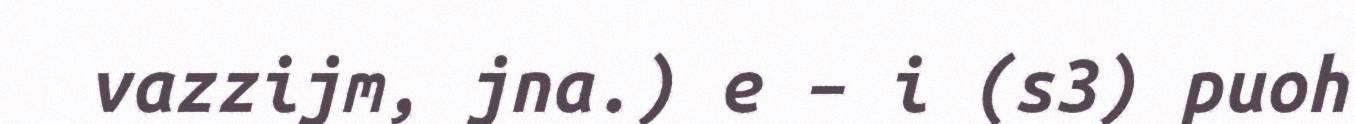
vazzijm, jna.) e – i (s3) puoh